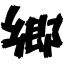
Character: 郷